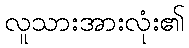
လူသားအားလုံး၏